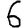
Digit: 6